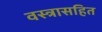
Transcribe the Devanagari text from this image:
वस्त्रासहित